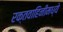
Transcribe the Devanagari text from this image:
रक्तवाहिनीमध्ये